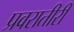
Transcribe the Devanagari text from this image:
प्रवरातीरी